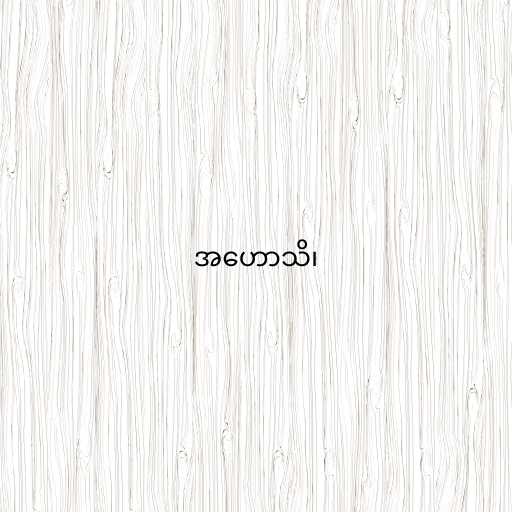
အဟောသိ၊